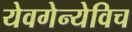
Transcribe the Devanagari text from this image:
येवगेन्येविच